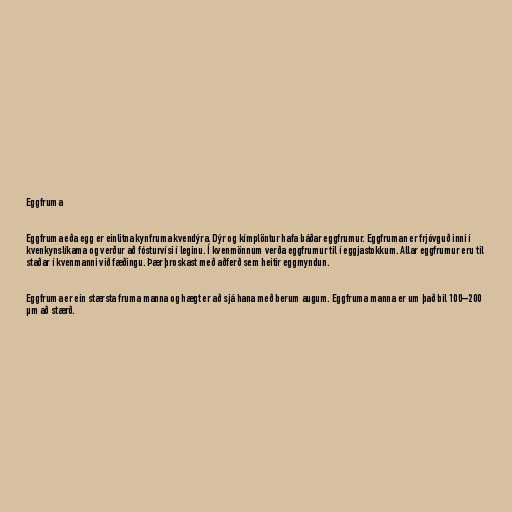
Eggfruma

Eggfruma eða egg er einlitna kynfruma kvendýra. Dýr og kímplöntur hafa báðar eggfrumur. Eggfruman er frjóvguð inni í
kvenkynslíkama og verður að fósturvísi í leginu. Í kvenmönnum verða eggfrumur til í eggjastokkum. Allar eggfrumur eru til
staðar í kvenmanni við fæðingu. Þær þroskast með aðferð sem heitir eggmyndun.

Eggfruma er ein stærsta fruma manna og hægt er að sjá hana með berum augum. Eggfruma manna er um það bil 100–200
µm að stærð.